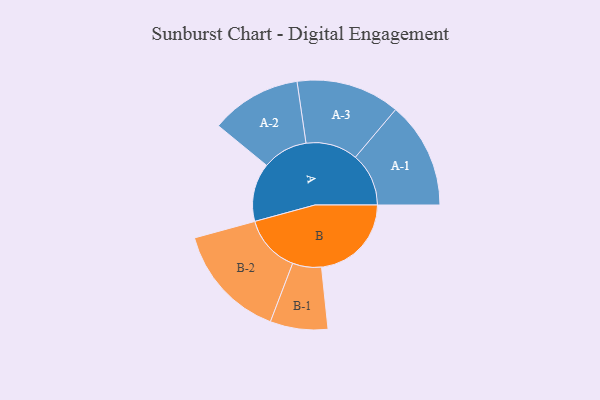
{"axis": {"x": "Segment", "y": "Value"}, "legend": ["", "A", "B"], "data": [{"x": "A", "y": 286, "type": ""}, {"x": "B", "y": 440, "type": ""}, {"x": "A-1", "y": 261, "type": "A"}, {"x": "A-2", "y": 222, "type": "A"}, {"x": "A-3", "y": 254, "type": "A"}, {"x": "B-1", "y": 141, "type": "B"}, {"x": "B-2", "y": 282, "type": "B"}]}